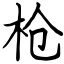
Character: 枪